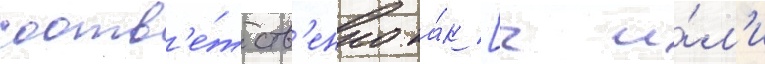
соотв'е́тств'енно ка́к [ч и́л'и